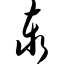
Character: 泰